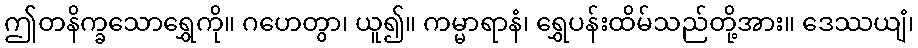
ဤတနိက္ခသောရွှေကို။ ဂဟေတွာ၊ ယူ၍။ ကမ္မာရာနံ၊ ရွှေပန်းထိမ်သည်တို့အား။ ဒေဿယျံ၊